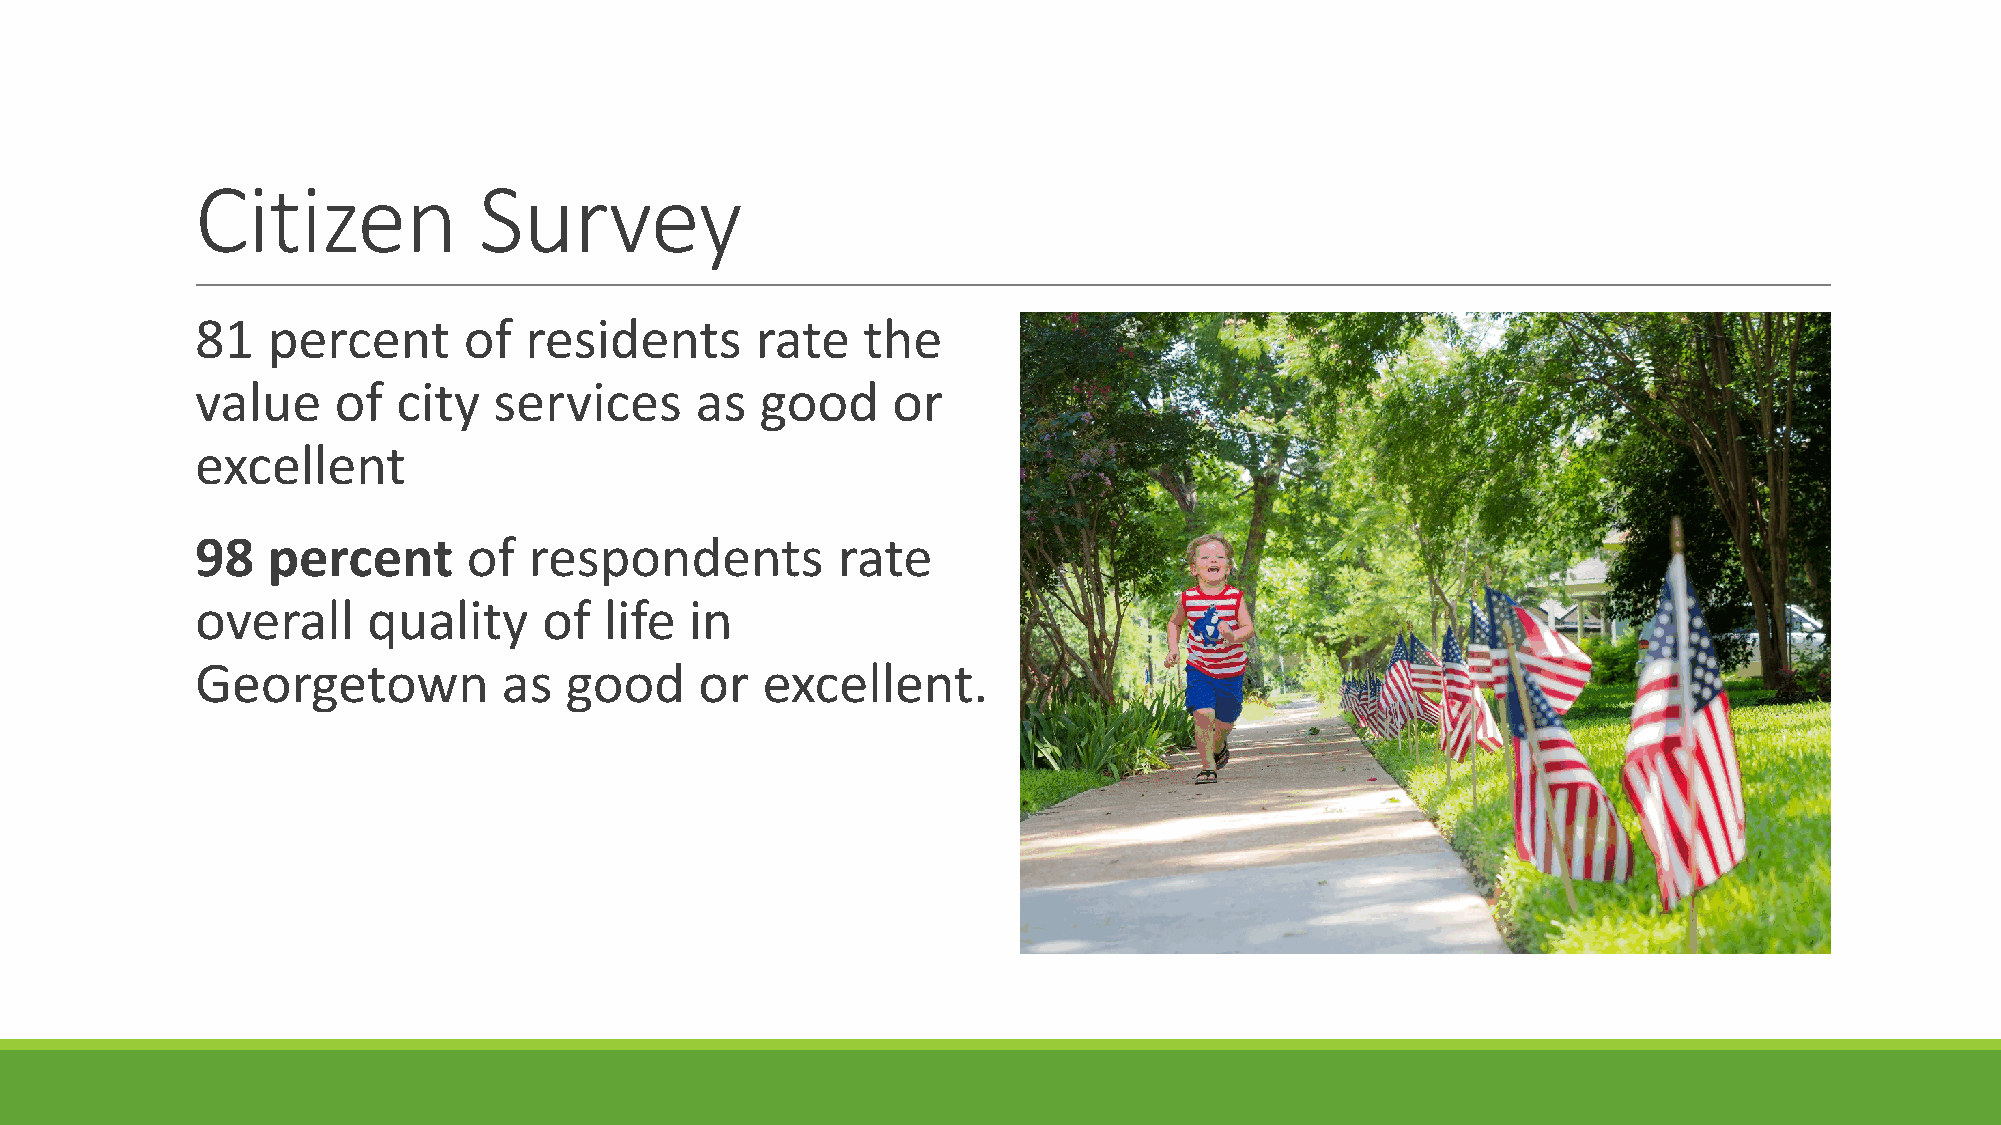
Citizen            Survey
 81   percent      of  residents      rate   the
 value    of  city   services     as  good     or
 excellent
 98   percent      of  respondents         rate
 overall    quality     of  life  in
 Georgetown          as  good     or  excellent.